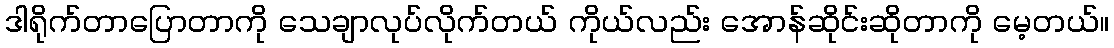
ဒါရိုက်တာပြောတာကို သေချာလုပ်လိုက်တယ် ကိုယ်လည်း အောန်ဆိုင်းဆိုတာကို မေ့တယ်။